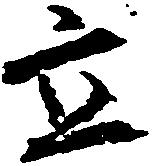
立